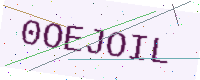
Text: 0OEJOIL